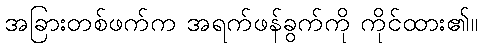
အခြားတစ်ဖက်က အရက်ဖန်ခွက်ကို ကိုင်ထား၏။